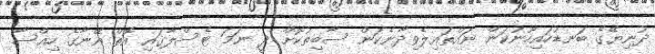
ދުނިޔޭގެ ބަނޑުހައިހޫނުކަން ނައްތައިލެވިދާނެކަން ސާބިތުކޮށް ދީ ނަމަ ޓެސްލާގައި އޮތް އޭނާގެ ހިއްސާ